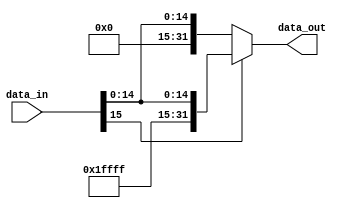
module sign_extend_16_32 (
    input  wire [15:0] data_in,
    output wire [31:0] data_out
);

    assign data_out = (data_in[15]) ?  {{16{1'b1}}, data_in} : {{16{1'b0}}, data_in};

endmodule